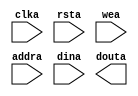
module data_mem(
	clka,
	rsta,
	wea,
	addra,
	dina,
	douta);


input clka;
input rsta;
input [0 : 0] wea;
input [6 : 0] addra;
input [15 : 0] dina;
output [15 : 0] douta;

// synthesis translate_off

      BLK_MEM_GEN_V4_3 #(
		.C_ADDRA_WIDTH(7),
		.C_ADDRB_WIDTH(7),
		.C_ALGORITHM(1),
		.C_BYTE_SIZE(9),
		.C_COMMON_CLK(0),
		.C_DEFAULT_DATA("0"),
		.C_DISABLE_WARN_BHV_COLL(0),
		.C_DISABLE_WARN_BHV_RANGE(0),
		.C_FAMILY("spartan3"),
		.C_HAS_ENA(0),
		.C_HAS_ENB(0),
		.C_HAS_INJECTERR(0),
		.C_HAS_MEM_OUTPUT_REGS_A(0),
		.C_HAS_MEM_OUTPUT_REGS_B(0),
		.C_HAS_MUX_OUTPUT_REGS_A(0),
		.C_HAS_MUX_OUTPUT_REGS_B(0),
		.C_HAS_REGCEA(0),
		.C_HAS_REGCEB(0),
		.C_HAS_RSTA(1),
		.C_HAS_RSTB(0),
		.C_HAS_SOFTECC_INPUT_REGS_A(0),
		.C_HAS_SOFTECC_OUTPUT_REGS_B(0),
		.C_INITA_VAL("0"),
		.C_INITB_VAL("0"),
		.C_INIT_FILE_NAME("data_mem.mif"),
		.C_LOAD_INIT_FILE(1),
		.C_MEM_TYPE(0),
		.C_MUX_PIPELINE_STAGES(0),
		.C_PRIM_TYPE(1),
		.C_READ_DEPTH_A(128),
		.C_READ_DEPTH_B(128),
		.C_READ_WIDTH_A(16),
		.C_READ_WIDTH_B(16),
		.C_RSTRAM_A(0),
		.C_RSTRAM_B(0),
		.C_RST_PRIORITY_A("CE"),
		.C_RST_PRIORITY_B("CE"),
		.C_RST_TYPE("SYNC"),
		.C_SIM_COLLISION_CHECK("ALL"),
		.C_USE_BYTE_WEA(0),
		.C_USE_BYTE_WEB(0),
		.C_USE_DEFAULT_DATA(0),
		.C_USE_ECC(0),
		.C_USE_SOFTECC(0),
		.C_WEA_WIDTH(1),
		.C_WEB_WIDTH(1),
		.C_WRITE_DEPTH_A(128),
		.C_WRITE_DEPTH_B(128),
		.C_WRITE_MODE_A("WRITE_FIRST"),
		.C_WRITE_MODE_B("WRITE_FIRST"),
		.C_WRITE_WIDTH_A(16),
		.C_WRITE_WIDTH_B(16),
		.C_XDEVICEFAMILY("spartan3e"))
	inst (
		.CLKA(clka),
		.RSTA(rsta),
		.WEA(wea),
		.ADDRA(addra),
		.DINA(dina),
		.DOUTA(douta),
		.ENA(),
		.REGCEA(),
		.CLKB(),
		.RSTB(),
		.ENB(),
		.REGCEB(),
		.WEB(),
		.ADDRB(),
		.DINB(),
		.DOUTB(),
		.INJECTSBITERR(),
		.INJECTDBITERR(),
		.SBITERR(),
		.DBITERR(),
		.RDADDRECC());


// synthesis translate_on

// XST black box declaration
// box_type "black_box"
// synthesis attribute box_type of data_mem is "black_box"

endmodule